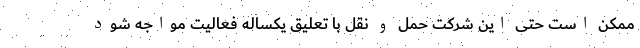
ممکن است حتی این شرکت حمل‌ و نقل با تعلیق یکساله فعالیت مواجه شود